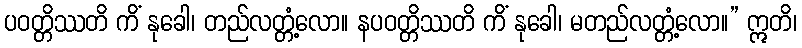
ပဝတ္တိဿတိ ကိံ နုခေါ၊ တည်လတ္တံ့လော။ နပဝတ္တိဿတိ ကိံ နုခေါ၊ မတည်လတ္တံ့လော။” ဣတိ၊